[Report on the health of British troops in the Madras command]
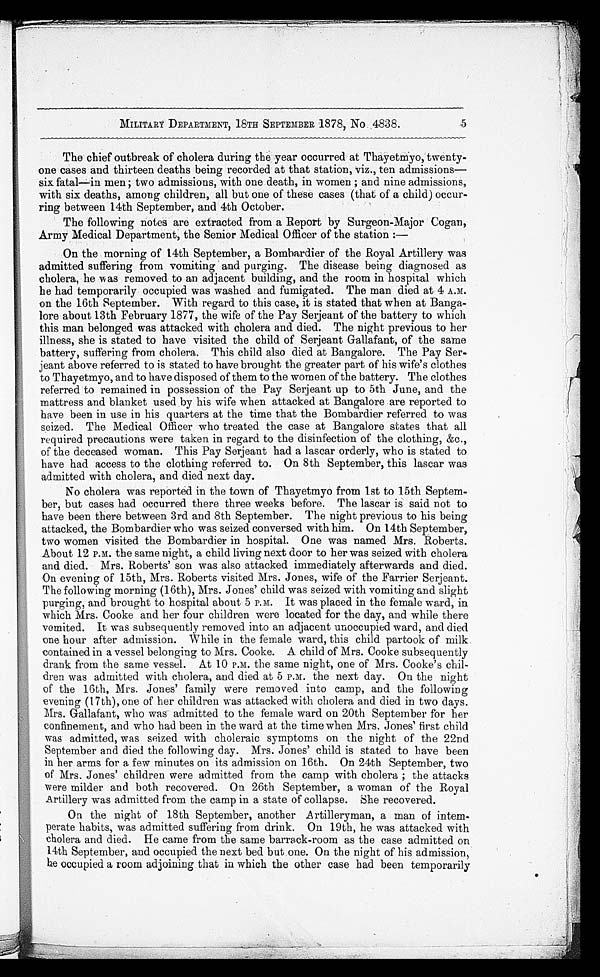
5
MILITARY DEPARTMENT, 18TH SEPTEMBER 1878, No. 4838.
The chief outbreak of cholera during the year occurred at Thayetmyo, twenty
-one cases and thirteen deaths being recorded at that station, viz., ten admissions
—six fatal—in men ; two admissions, with one death, in women ; and nine admissions,
with six deaths, among children, all but one of these cases (that of a child) occur
-ring between 14th September, and 4th October.
The following notes are extracted from a Report by Surgeon-Major Cogan,
Army Medical Department, the Senior Medical Officer of the station :—
On the morning of 14th September, a Bombardier of the Royal Artillery was
admitted suffering from vomiting and purging. The disease being diagnosed as
cholera, he was removed to an adjacent building, and the room in hospital which
he had temporarily occupied was washed and fumigated. The man died at 4 A.M.
on the 16th September. With regard to this case, it is stated that when at Banga
-lore about 13th February 1877, the wife of the Pay Serjeant of the battery to which
this man belonged was attacked with cholera and died. The night previous to her
illness, she is stated to have visited the child of Serjeant Gallafant, of the same
battery, suffering from cholera. This child also died at Bangalore. The Pay Ser
-jeant above referred to is stated to have brought the greater part of his wife's clothes
to Thayetmyo, and to have disposed of them to the women of the battery. The clothes
referred to remained in possession of the Pay Serjeant up to 5th June, and the
mattress and blanket used by his wife when attacked at Bangalore are reported to
have been in use in his quarters at the time that the Bombardier referred to was
seized. The Medical Officer who treated the case at Bangalore states that all
required precautions were taken in regard to the disinfection of the clothing, &c.,
of the deceased woman. This Pay Serjeant had a lascar orderly, who is stated to
have had access to the clothing referred to. On 8th September, this lascar was
admitted with cholera, and died next day.
No cholera was reported in the town of Thayetmyo from 1st to 15th Septem
-ber, but cases had occurred there three weeks before. The lascar is said not to
have been there between 3rd and 8th September. The night previous to his being
attacked, the Bombardier who was seized conversed with him. On 14th September,
two women visited the Bombardier in hospital. One was named Mrs. Roberts.
About 12 P.M. the same night, a child living next door to her was seized with cholera
and died. Mrs. Roberts' son was also attacked immediately afterwards and died.
On evening of 15th, Mrs. Roberts visited Mrs. Jones, wife of the Farrier Serjeant.
The following morning (16th), Mrs. Jones' child was seized with vomiting and slight
purging, and brought to hospital about 5 P.M. It was placed in the female ward, in
which Mrs. Cooke and her four children were located for the day, and while there
vomited. It was subsequently removed into an adjacent unoccupied ward, and died
one hour after admission. While in the female ward, this child partook of milk
contained in a vessel belonging to Mrs. Cooke. A child of Mrs. Cooke subsequently
drank from the same vessel. At 10 P.M. the same night, one of Mrs. Cooke's chil
-dren was admitted with cholera, and died at 5 P.M. the next day. On the night
of the 16th, Mrs. Jones' family were removed into camp, and the following
evening (17th), one of her children was attacked with cholera and died in two days.
Mrs. Gallafant, who was admitted to the female ward on 20th September for her
confinement, and who had been in the ward at the time when Mrs. Jones' first child
was admitted, was seized with choleraic symptoms on the night of the 22nd
September and died the following day. Mrs. Jones' child is stated to have been
in her arms for a few minutes on its admission on 16th. On 24th September, two
of Mrs. Jones' children were admitted from the camp with cholera ; the attacks
were milder and both recovered. On 26th September, a woman of the Royal
Artillery was admitted from the camp in a state of collapse. She recovered.
On the night of 18th September, another Artilleryman, a man of intem-
perate habits, was admitted suffering from drink. On 19th, he was attacked with
cholera and died. He came from the same barrack-room as the case admitted on
14th September, and occupied the next bed but one. On the night of his admission,
he occupied a room adjoining that in which the other case had been temporarily